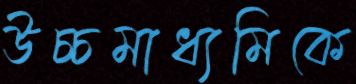
উচ্চমাধ্যমিকে